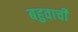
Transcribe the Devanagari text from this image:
बहुवाची